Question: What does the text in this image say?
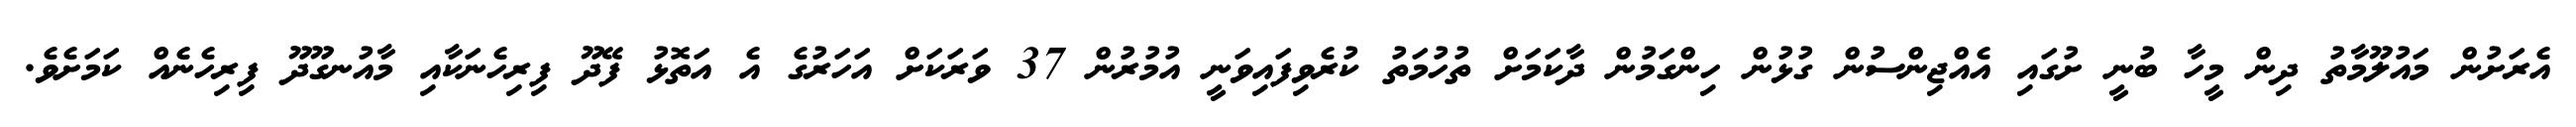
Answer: އެރަށުން މައުލޫމާތު ދިން މީހާ ބުނީ ށުގައި އެއްޖިންސުން ގުޅުން ހިންގަމުން ދާކަމަށް ތުހުމަތު ކުރެވިފައިވަނީ އުމުރުން 37 ވަރަކަށް އަހަރުގެ އެ އަތޮޅު ފޭދޫ ފިރިހެނަކާއި މާއުނގޫދޫ ފިރިހެނެއް ކަމަށެވެ.